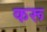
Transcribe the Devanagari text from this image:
करू